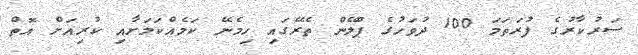
ސަރުކާރުގެ ފުރަތަމަ 100 ދުވަހުގެ ޕްލޭން ތެރޭގައި ހިމެނޭ ކަމެއްކަމަށާއި ކުރިއަށް އޮތް